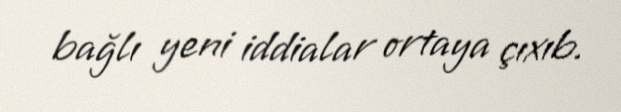
bağlı yeni iddialar ortaya çıxıb.